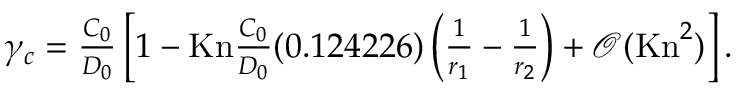
\begin{array} { r } { \gamma _ { c } = \frac { C _ { 0 } } { D _ { 0 } } \left[ 1 - \mathrm { K n } \frac { C _ { 0 } } { D _ { 0 } } ( 0 . 1 2 4 2 2 6 ) \left( \frac { 1 } { r _ { 1 } } - \frac { 1 } { r _ { 2 } } \right) + \mathcal { O } ( \mathrm { K n } ^ { 2 } ) \right] . } \end{array}